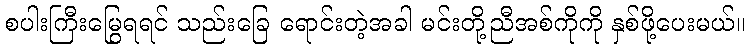
စပါးကြီးမြွေရရင် သည်းခြေ ရောင်းတဲ့အခါ မင်းတို့ညီအစ်ကိုကို နှစ်ဖို့ပေးမယ်။